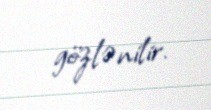
gözlənilir.